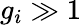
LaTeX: g_{i}\gg 1